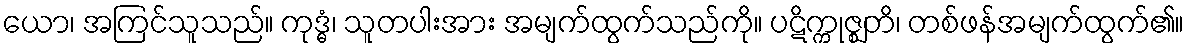
ယော၊ အကြင်သူသည်။ ကုဒ္ဓံ၊ သူတပါးအား အမျက်ထွက်သည်ကို။ ပဋိက္ကုဇ္ဈတိ၊ တစ်ဖန်အမျက်ထွက်၏။